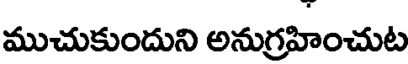
ముచుకుందుని అనుగ్రహించుట